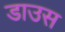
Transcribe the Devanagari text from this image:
डाउस